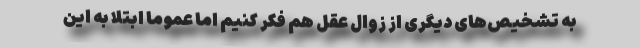
به تشخیص‌های دیگری از زوال عقل هم فکر کنیم اما عموماً ابتلا به این